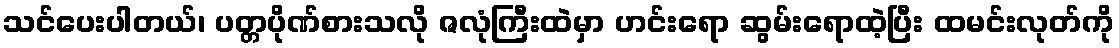
သင်ပေးပါတယ်၊ ပတ္တပိုဏ်စားသလို ဇလုံကြီးထဲမှာ ဟင်းရော ဆွမ်းရောထဲ့ပြီး ထမင်းလုတ်ကို